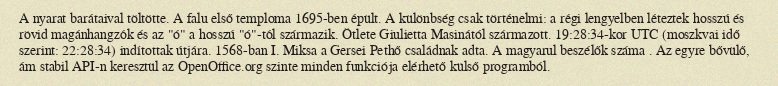
A nyarat barátaival töltötte. A falu első temploma 1695-ben épült. A különbség csak történelmi: a régi lengyelben léteztek hosszú és rövid magánhangzók és az "ó" a hosszú "ó"-tól származik. Ötlete Giulietta Masinától származott. 19:28:34-kor UTC (moszkvai idő szerint: 22:28:34) indítottak útjára. 1568-ban I. Miksa a Gersei Pethő családnak adta. A magyarul beszélők száma . Az egyre bővülő, ám stabil API-n keresztül az OpenOffice.org szinte minden funkciója elérhető külső programból.